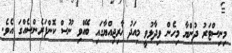
މިނިސްޓަރު ދުންޔާ މިހެން ވިދާޅުވީ މިއަދު ޚާރިޖިއްޔާގައި ބޭއްވި ނޫސް ކޮންފަރެންސެއްގަ އެވެ.